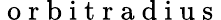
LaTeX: \mathrm{~o~r~b~i~t~r~a~d~i~u~s~}